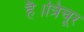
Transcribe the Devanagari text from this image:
है।त्रिचूर